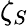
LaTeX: \zeta_{S}